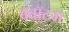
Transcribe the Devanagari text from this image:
क्‍वॉटम